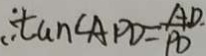
\therefore \tan \angle A P D = \frac { A D . } { P D }